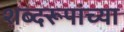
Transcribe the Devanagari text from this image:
शब्दरूपांच्या